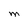
Character: M